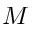
M